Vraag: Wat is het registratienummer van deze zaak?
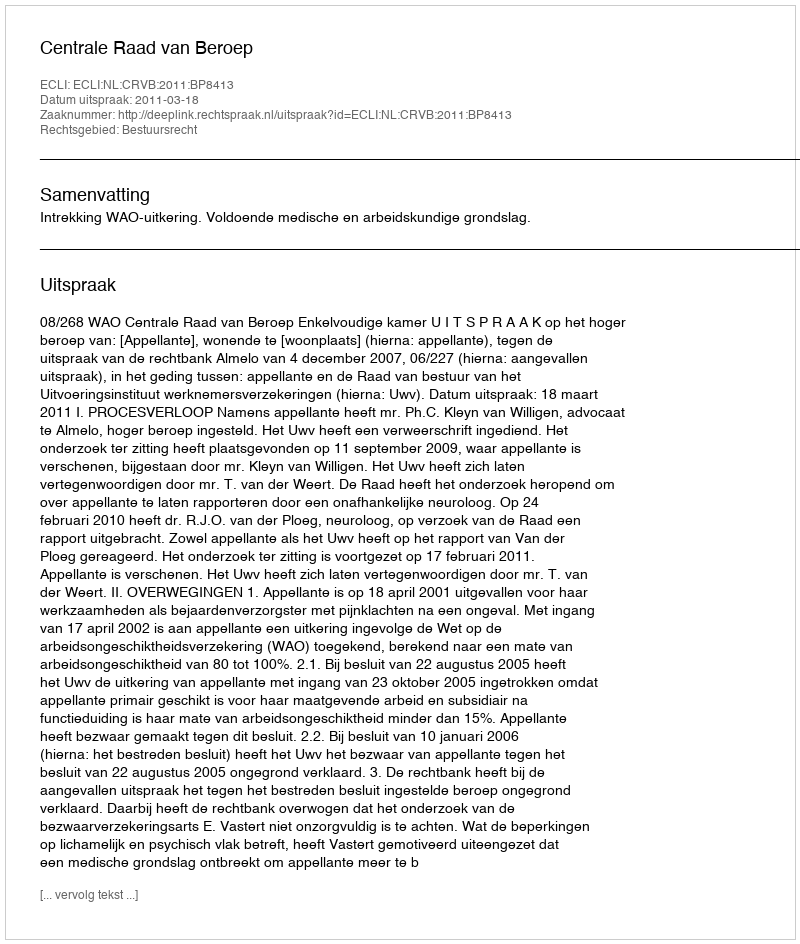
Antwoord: http://deeplink.rechtspraak.nl/uitspraak?id=ECLI:NL:CRVB:2011:BP8413